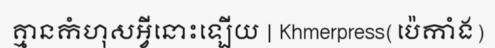
គ្មានកំហុសអ្វីនោះឡើយ | Khmerpress(ប៉េកាំង)